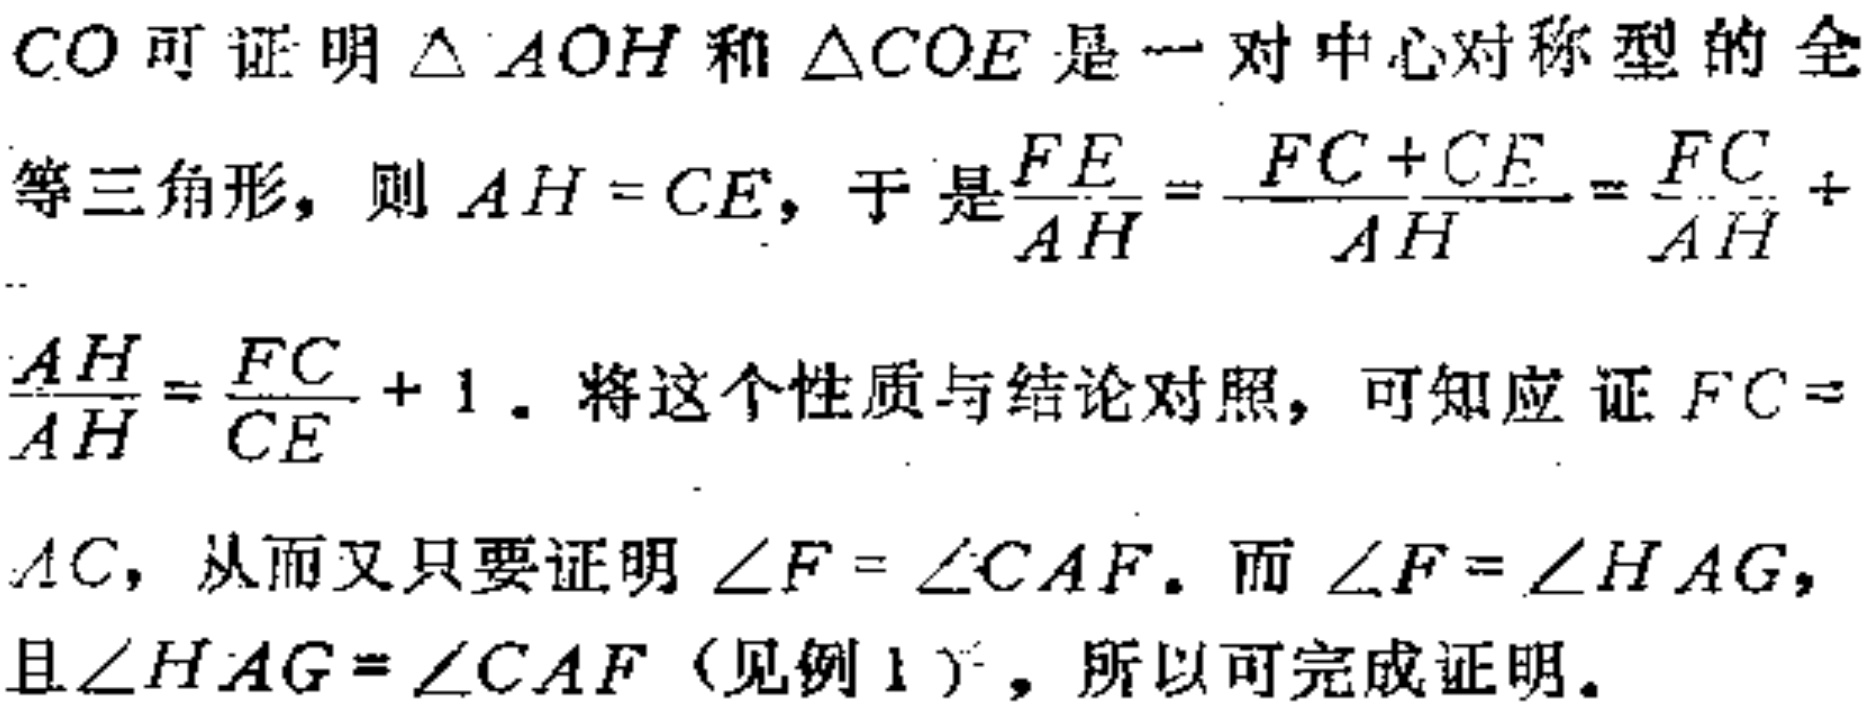
$CO可证明\triangle AOH和\triangle COE是一对中心对称型的全\\
等三角形，则AH = CE，于是\frac{FE}{AH}=\frac{FC + CE}{AH}=\frac{FC}{AH}+\\
\frac{AH}{AH}=\frac{FC}{CE}+1.将这个性质与结论对照，可知应证FC =\\
AC，从而又只要证明\angle F=\angle CAF.而\angle F=\angle HAG，\\
且\angle HAG=\angle CAF（见例1），所以可完成证明。$